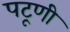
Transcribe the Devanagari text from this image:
पटूणी